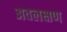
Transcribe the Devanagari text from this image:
अवलक्षण